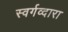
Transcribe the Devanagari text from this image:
स्वर्गव्दारा